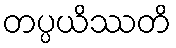
တပ္ပယိဿတိ